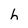
Character: h